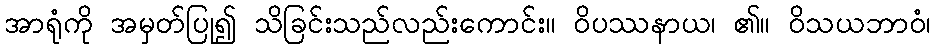
အာရုံကို အမှတ်ပြု၍ သိခြင်းသည်လည်းကောင်း။ ဝိပဿနာယ၊ ၏။ ဝိသယဘာဝံ၊